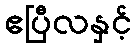
ဧပြီလနှင့်